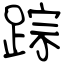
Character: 踪